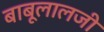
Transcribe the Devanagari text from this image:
बाबूलालजी